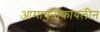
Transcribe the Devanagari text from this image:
आमायनोफायलीन